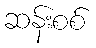
ဆန်းစစ်